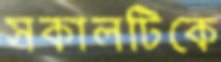
সকালটিকে